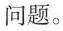
问题。